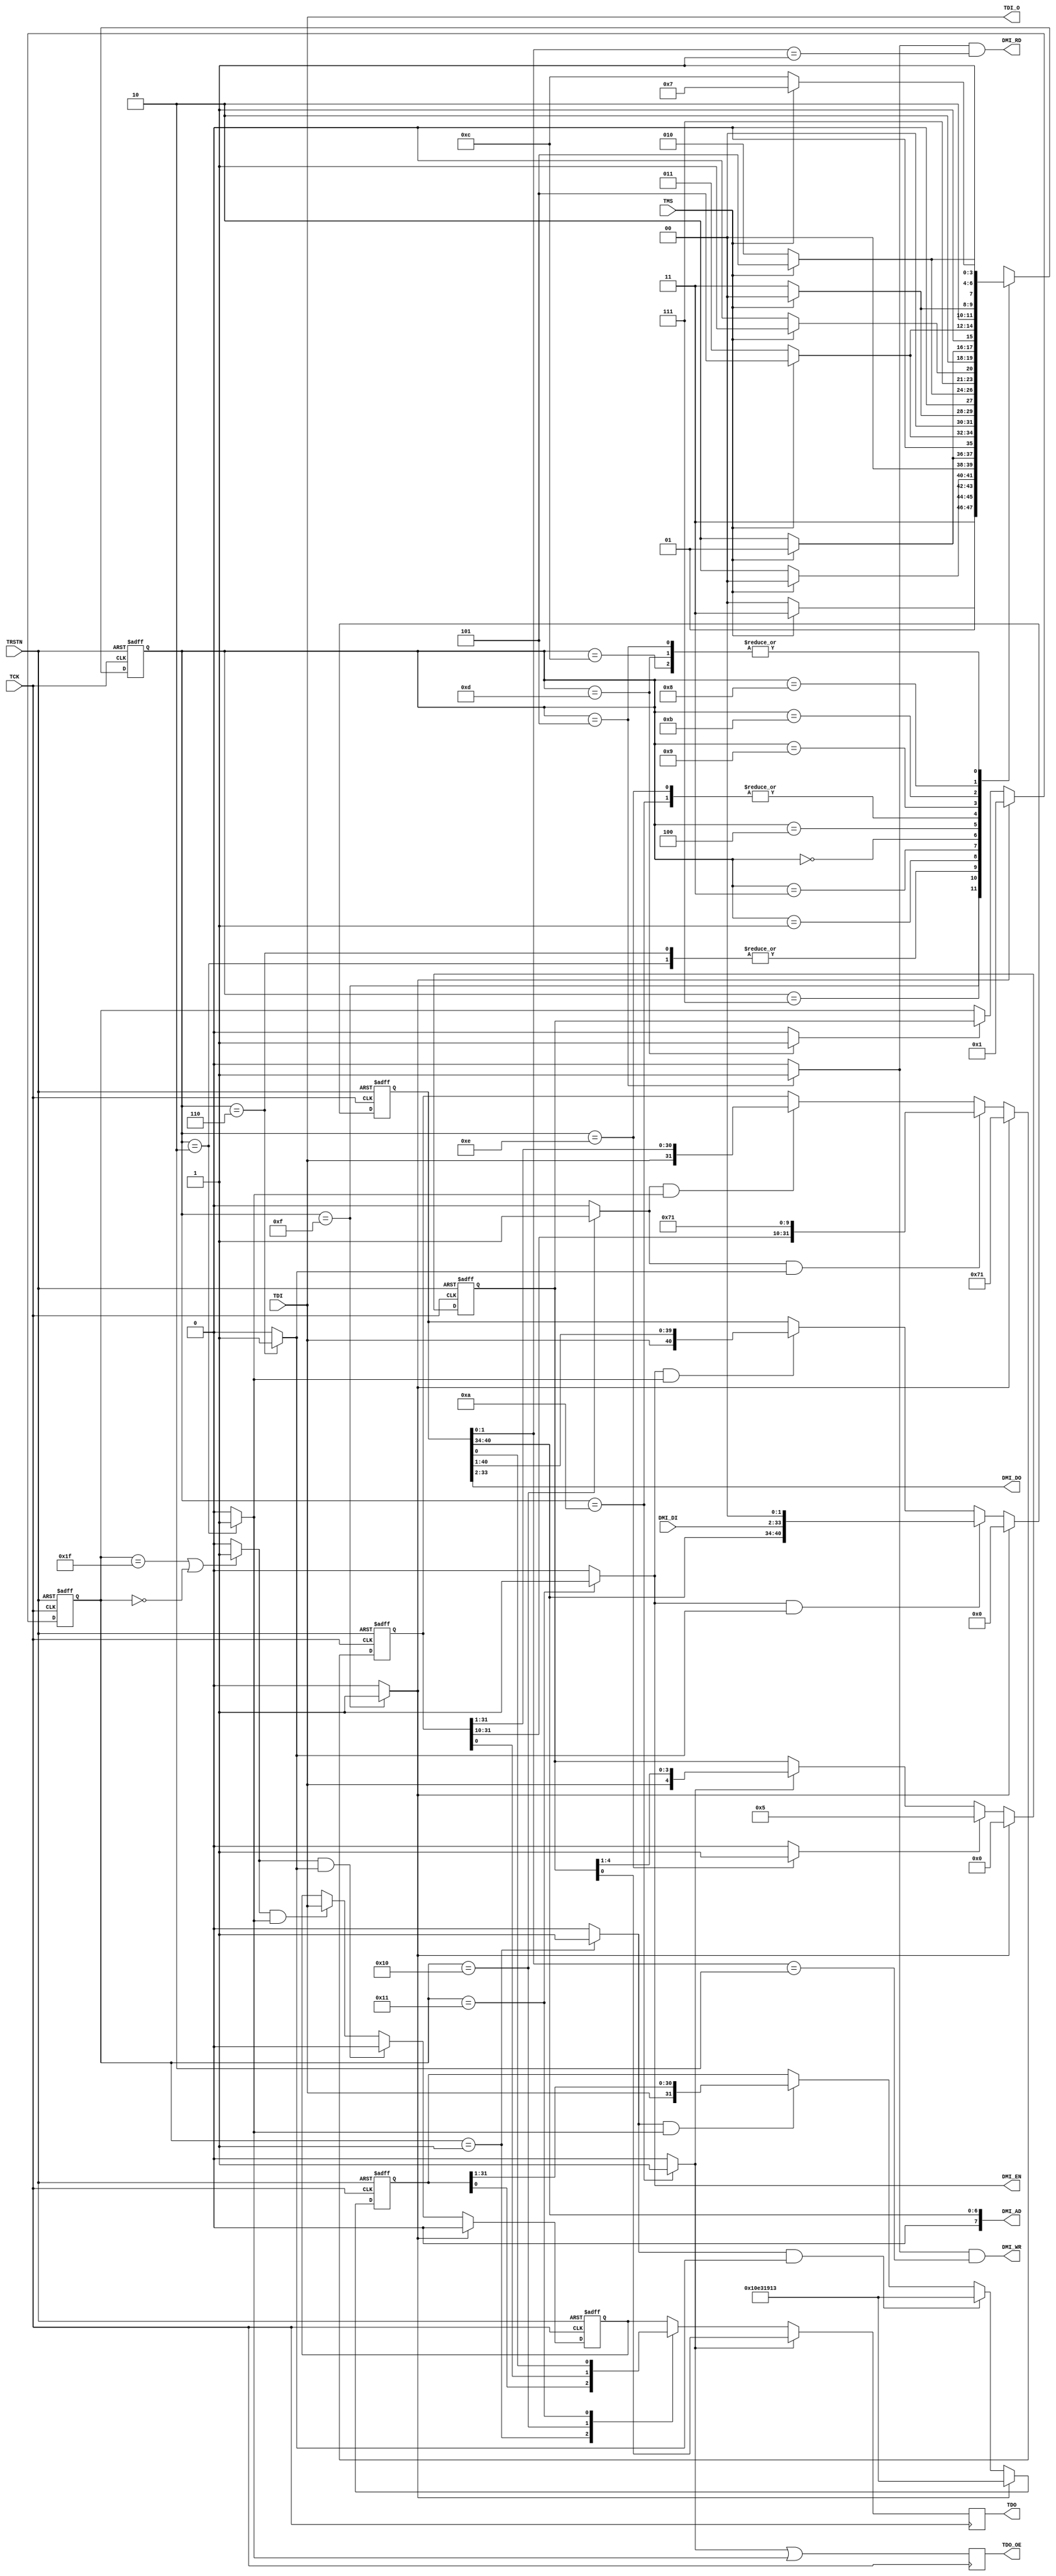
`define IDCODE_VALUE  32'h10e31913

`define DTMCS_ABITS   6'b000111
`define DTMCS_VERSION 4'b0001
`define DTMCS_VALUE   32'h00000101

`define  IR_LENGTH    5

// Instructions
`define EXTEST        5'b00000
`define IDCODE        5'b00001
`define BYPASS        5'b11111
`define DTMCS         5'b10000
`define DMI           5'b10001

module debug_dtm(
  input         TMS,
  input         TCK,
  input         TRSTN,
  input         TDI,
  output reg    TDO,
  output reg    TDO_OE,

  output        TDI_O,

  output        DMI_EN,
  output        DMI_WR,
  output        DMI_RD,
  output [7:0]  DMI_AD,
  input [31:0]  DMI_DI,
  output [31:0] DMI_DO
);

wire    test_logic_reset;
wire    run_test_idle;
wire    select_dr_scan;
wire    capture_dr;
wire    shift_dr;
wire    exit1_dr;
wire    pause_dr;
wire    exit2_dr;
wire    update_dr;
wire    select_ir_scan;
wire    capture_ir;
wire    shift_ir;
wire    exit1_ir;
wire    pause_ir;
wire    exit2_ir;
wire    update_ir;

wire    extest_select;
wire    idcode_select;
wire    bypass_select;
wire    dtmcs_select;
wire    dmi_select;

assign TDI_O = TDI;

assign DTMCS_ENA = dtmcs_select;
assign DMI_EN    = dmi_select;

`define S_TEST_LOGIC_RESET 4'hF
`define S_RUN_TEST_IDLE    4'hC
`define S_SELECT_DR_SCAN   4'h7
`define S_CAPTURE_DR       4'h6
`define S_SHIFT_DR         4'h2
`define S_EXIT1_DR         4'h1
`define S_PAUSE_DR         4'h3
`define S_EXIT2_DR         4'h0
`define S_UPDATE_DR        4'h5
`define S_SELECT_IR_SCAN   4'h4
`define S_CAPTURE_IR       4'hE
`define S_SHIFT_IR         4'hA
`define S_EXIT1_IR         4'h9
`define S_PAUSE_IR         4'hB
`define S_EXIT2_IR         4'h8
`define S_UPDATE_IR        4'hD

reg [3:0] state = `S_TEST_LOGIC_RESET;
reg [3:0] next_state;

always @(posedge TCK or negedge TRSTN)
begin
  if(TRSTN == 0)
    state = `S_TEST_LOGIC_RESET;
  else
    state = next_state;
end

always @(state or TMS)
begin
  case(state)
    `S_TEST_LOGIC_RESET:
      begin
      if(TMS) next_state = `S_TEST_LOGIC_RESET;
      else    next_state = `S_RUN_TEST_IDLE;
      end
    `S_RUN_TEST_IDLE:
      begin
      if(TMS) next_state = `S_SELECT_DR_SCAN;
      else    next_state = `S_RUN_TEST_IDLE;
      end
    `S_SELECT_DR_SCAN:
      begin
      if(TMS) next_state = `S_SELECT_IR_SCAN;
      else    next_state = `S_CAPTURE_DR;
      end
    `S_CAPTURE_DR:
      begin
      if(TMS) next_state = `S_EXIT1_DR;
      else    next_state = `S_SHIFT_DR;
      end
    `S_SHIFT_DR:
      begin
      if(TMS) next_state = `S_EXIT1_DR;
      else    next_state = `S_SHIFT_DR;
      end
    `S_EXIT1_DR:
      begin
      if(TMS) next_state = `S_UPDATE_DR;
      else    next_state = `S_PAUSE_DR;
      end
    `S_PAUSE_DR:
      begin
      if(TMS) next_state = `S_EXIT2_DR;
      else    next_state = `S_PAUSE_DR;
      end
    `S_EXIT2_DR:
      begin
      if(TMS) next_state = `S_UPDATE_DR;
      else    next_state = `S_SHIFT_DR;
      end
    `S_UPDATE_DR:
      begin
      if(TMS) next_state = `S_SELECT_DR_SCAN;
      else    next_state = `S_RUN_TEST_IDLE;
      end
    `S_SELECT_IR_SCAN:
      begin
      if(TMS) next_state = `S_TEST_LOGIC_RESET;
      else    next_state = `S_CAPTURE_IR;
      end
    `S_CAPTURE_IR:
      begin
      if(TMS) next_state = `S_EXIT1_IR;
      else    next_state = `S_SHIFT_IR;
      end
    `S_SHIFT_IR:
      begin
      if(TMS) next_state = `S_EXIT1_IR;
      else    next_state = `S_SHIFT_IR;
      end
    `S_EXIT1_IR:
      begin
      if(TMS) next_state = `S_UPDATE_IR;
      else    next_state = `S_PAUSE_IR;
      end
    `S_PAUSE_IR:
      begin
      if(TMS) next_state = `S_EXIT2_IR;
      else    next_state = `S_PAUSE_IR;
      end
    `S_EXIT2_IR:
      begin
      if(TMS) next_state = `S_UPDATE_IR;
      else    next_state = `S_SHIFT_IR;
      end
    `S_UPDATE_IR:
      begin
      if(TMS) next_state = `S_SELECT_DR_SCAN;
      else    next_state = `S_RUN_TEST_IDLE;
      end
    default:  next_state = `S_TEST_LOGIC_RESET;
  endcase
end

assign test_logic_reset = (state == `S_TEST_LOGIC_RESET)?1'b1:1'b0;;
assign run_test_idle    = (state == `S_RUN_TEST_IDLE   )?1'b1:1'b0;;
assign select_dr_scan   = (state == `S_SELECT_DR_SCAN  )?1'b1:1'b0;;
assign capture_dr       = (state == `S_CAPTURE_DR      )?1'b1:1'b0;;
assign shift_dr         = (state == `S_SHIFT_DR        )?1'b1:1'b0;;
assign exit1_dr         = (state == `S_EXIT1_DR        )?1'b1:1'b0;;
assign pause_dr         = (state == `S_PAUSE_DR        )?1'b1:1'b0;;
assign exit2_dr         = (state == `S_EXIT2_DR        )?1'b1:1'b0;;
assign update_dr        = (state == `S_UPDATE_DR       )?1'b1:1'b0;;
assign select_ir_scan   = (state == `S_SELECT_IR_SCAN  )?1'b1:1'b0;;
assign capture_ir       = (state == `S_CAPTURE_IR      )?1'b1:1'b0;;
assign shift_ir         = (state == `S_SHIFT_IR        )?1'b1:1'b0;;
assign exit1_ir         = (state == `S_EXIT1_IR        )?1'b1:1'b0;;
assign pause_ir         = (state == `S_PAUSE_IR        )?1'b1:1'b0;;
assign exit2_ir         = (state == `S_EXIT2_IR        )?1'b1:1'b0;;
assign update_ir        = (state == `S_UPDATE_IR       )?1'b1:1'b0;;

// JTAG_IR
reg [`IR_LENGTH-1:0]  jtag_ir;
reg [`IR_LENGTH-1:0]  latched_jtag_ir;
wire                  instruction_tdo;

always @(posedge TCK or negedge TRSTN)
begin
  if(TRSTN == 0)                 jtag_ir[`IR_LENGTH-1:0] <= #1 `IR_LENGTH'b0;
  else if(test_logic_reset == 1) jtag_ir[`IR_LENGTH-1:0] <= #1 `IR_LENGTH'b0;
  else if(capture_ir)            jtag_ir                 <= #1 5'b00101;
  else if(shift_ir)              jtag_ir[`IR_LENGTH-1:0] <= #1 {TDI, jtag_ir[`IR_LENGTH-1:1]};
end

assign instruction_tdo = jtag_ir[0];

always @(negedge TCK or negedge TRSTN)
begin
  if(TRSTN == 0)            latched_jtag_ir <= #1 `IDCODE;
  else if(test_logic_reset) latched_jtag_ir <= #1 `IDCODE;
  else if(update_ir)        latched_jtag_ir <= #1 jtag_ir;
end

// ICODE
reg [31:0] idcode_reg;
wire       idcode_tdo;

always @(posedge TCK or negedge TRSTN)
begin
  if(TRSTN == 0)                      idcode_reg <= #1 `IDCODE_VALUE;
  else if(test_logic_reset)           idcode_reg <= #1 `IDCODE_VALUE;
  else if(idcode_select & capture_dr) idcode_reg <= #1 `IDCODE_VALUE;
  else if(idcode_select & shift_dr)   idcode_reg <= #1 {TDI, idcode_reg[31:1]};
end

assign idcode_tdo = idcode_reg[0];

// DTMCS
reg [31:0] dtmcs_reg;
wire       dtmcs_tdo;

always @(posedge TCK or negedge TRSTN)
begin
  if(TRSTN == 0)                     dtmcs_reg <= #1 {22'd0, `DTMCS_ABITS, `DTMCS_VERSION};
  else if(test_logic_reset)          dtmcs_reg <= #1 {22'd0, `DTMCS_ABITS, `DTMCS_VERSION};
  else if(dtmcs_select & capture_dr) dtmcs_reg <= #1 {dtmcs_reg[31:10], `DTMCS_ABITS, `DTMCS_VERSION} ;
  else if(dtmcs_select & shift_dr)   dtmcs_reg <= #1 {TDI, dtmcs_reg[31:1]};
end

assign dtmcs_tdo = dtmcs_reg[0];

// DMI
reg [33+`DTMCS_ABITS:0] dmi_reg;
wire                    dmi_tdo;

always @(posedge TCK or negedge TRSTN)
begin
  if(TRSTN == 0)                   dmi_reg <= #1 0;
  else if(test_logic_reset)        dmi_reg <= #1 0;
  else if(dmi_select & capture_dr) dmi_reg <= #1 {dmi_reg[33+`DTMCS_ABITS:34], DMI_DI[31:0], 2'b00};
  else if(dmi_select & shift_dr)   dmi_reg <= #1 {TDI, dmi_reg[33+`DTMCS_ABITS:1]};
end

assign dmi_tdo = dmi_reg[0];

assign DMI_QC = update_dr & (dmi_reg[1:0] == 2'b00);
assign DMI_WR = update_dr & (dmi_reg[1:0] == 2'b10);
assign DMI_RD = update_dr & (dmi_reg[1:0] == 2'b01);
assign DMI_AD = dmi_reg[33+`DTMCS_ABITS:34];
assign DMI_DO = dmi_reg[33:2];

// BYPASS
wire  bypassed_tdo;
reg   bypass_reg;

always @(posedge TCK or negedge TRSTN)
begin
  if(TRSTN == 0)                      bypass_reg <= #1 1'b0;
  else if(test_logic_reset == 1)      bypass_reg <= #1 1'b0;
  else if(bypass_select & capture_dr) bypass_reg <= #1 1'b0;
  else if(bypass_select & shift_dr)   bypass_reg <= #1 TDI;
end

assign bypassed_tdo = bypass_reg;

assign extest_select = (latched_jtag_ir == `EXTEST)?1'b1:1'b0; // External test
assign idcode_select = (latched_jtag_ir == `IDCODE)?1'b1:1'b0; // ID Code
assign dtmcs_select  = (latched_jtag_ir == `DTMCS )?1'b1:1'b0; // DTM Control and Status
assign dmi_select    = (latched_jtag_ir == `DMI   )?1'b1:1'b0; // DMI
assign bypass_select = ((latched_jtag_ir == `BYPASS) || (latched_jtag_ir == 0))?1'b1:1'b0; // BYPASS

reg tdo_mux_out;

always @(shift_ir or instruction_tdo or latched_jtag_ir or idcode_tdo or bypassed_tdo)
begin
  if(shift_ir)
    tdo_mux_out = instruction_tdo;
  else
    begin
      case(latched_jtag_ir)
        `IDCODE:  tdo_mux_out = idcode_tdo;    // Reading ID code
        `DTMCS:   tdo_mux_out = dtmcs_tdo;     // DTM Control and Status
        `DMI:     tdo_mux_out = dmi_tdo;       // DMI
        default:  tdo_mux_out = bypassed_tdo;  // BYPASS instruction
      endcase
    end
end

always @(negedge TCK)
begin
  TDO    <= tdo_mux_out;
  TDO_OE <= #1 shift_ir | shift_dr;
end

endmodule